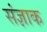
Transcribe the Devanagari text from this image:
संज्ञाक